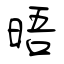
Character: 晤